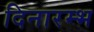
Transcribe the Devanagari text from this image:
दिनारम्भ